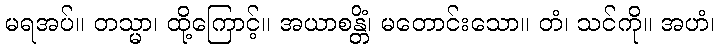
မရအပ်။ တသ္မာ၊ ထို့ကြောင့်။ အယာစန္တိံ၊ မတောင်းသော။ တံ၊ သင်ကို။ အဟံ၊